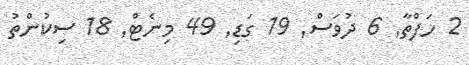
2 ހަފްތާ